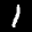
Label: 1